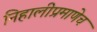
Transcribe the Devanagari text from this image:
निहालीप्रमाणेच